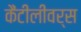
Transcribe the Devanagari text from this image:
कैंटीलीवर्स